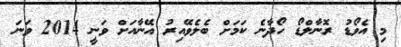
މި އެވޯޑު ރޮނާލްޑޯ ހޯދާނެ ކަމަށް ބެލެވޭއިރު އޭނާއަށް ވަނީ 2014 ވަނަ